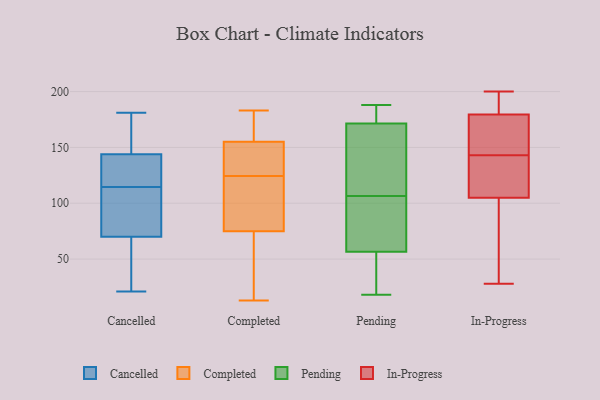
{"axis": {"x": "Revenue (USD Million)", "y": "Value"}, "legend": ["Cancelled", "Completed", "In-Progress", "Pending"], "data": [{"x": "", "y": 52, "type": "Cancelled"}, {"x": "", "y": 115, "type": "Cancelled"}, {"x": "", "y": 109, "type": "Cancelled"}, {"x": "", "y": 70, "type": "Cancelled"}, {"x": "", "y": 21, "type": "Cancelled"}, {"x": "", "y": 28, "type": "Cancelled"}, {"x": "", "y": 82, "type": "Cancelled"}, {"x": "", "y": 132, "type": "Cancelled"}, {"x": "", "y": 151, "type": "Cancelled"}, {"x": "", "y": 181, "type": "Cancelled"}, {"x": "", "y": 114, "type": "Cancelled"}, {"x": "", "y": 144, "type": "Cancelled"}, {"x": "", "y": 142, "type": "Cancelled"}, {"x": "", "y": 179, "type": "Cancelled"}, {"x": "", "y": 75, "type": "Completed"}, {"x": "", "y": 128, "type": "Completed"}, {"x": "", "y": 121, "type": "Completed"}, {"x": "", "y": 39, "type": "Completed"}, {"x": "", "y": 152, "type": "Completed"}, {"x": "", "y": 154, "type": "Completed"}, {"x": "", "y": 161, "type": "Completed"}, {"x": "", "y": 156, "type": "Completed"}, {"x": "", "y": 49, "type": "Completed"}, {"x": "", "y": 75, "type": "Completed"}, {"x": "", "y": 152, "type": "Completed"}, {"x": "", "y": 166, "type": "Completed"}, {"x": "", "y": 13, "type": "Completed"}, {"x": "", "y": 146, "type": "Completed"}, {"x": "", "y": 183, "type": "Completed"}, {"x": "", "y": 170, "type": "Completed"}, {"x": "", "y": 81, "type": "Completed"}, {"x": "", "y": 86, "type": "Completed"}, {"x": "", "y": 29, "type": "Completed"}, {"x": "", "y": 79, "type": "Completed"}, {"x": "", "y": 157, "type": "Pending"}, {"x": "", "y": 31, "type": "Pending"}, {"x": "", "y": 25, "type": "Pending"}, {"x": "", "y": 73, "type": "Pending"}, {"x": "", "y": 125, "type": "Pending"}, {"x": "", "y": 187, "type": "Pending"}, {"x": "", "y": 43, "type": "Pending"}, {"x": "", "y": 188, "type": "Pending"}, {"x": "", "y": 18, "type": "Pending"}, {"x": "", "y": 188, "type": "Pending"}, {"x": "", "y": 186, "type": "Pending"}, {"x": "", "y": 70, "type": "Pending"}, {"x": "", "y": 122, "type": "Pending"}, {"x": "", "y": 86, "type": "Pending"}, {"x": "", "y": 146, "type": "Pending"}, {"x": "", "y": 91, "type": "Pending"}, {"x": "", "y": 109, "type": "In-Progress"}, {"x": "", "y": 28, "type": "In-Progress"}, {"x": "", "y": 35, "type": "In-Progress"}, {"x": "", "y": 193, "type": "In-Progress"}, {"x": "", "y": 142, "type": "In-Progress"}, {"x": "", "y": 42, "type": "In-Progress"}, {"x": "", "y": 168, "type": "In-Progress"}, {"x": "", "y": 109, "type": "In-Progress"}, {"x": "", "y": 200, "type": "In-Progress"}, {"x": "", "y": 178, "type": "In-Progress"}, {"x": "", "y": 199, "type": "In-Progress"}, {"x": "", "y": 122, "type": "In-Progress"}, {"x": "", "y": 101, "type": "In-Progress"}, {"x": "", "y": 181, "type": "In-Progress"}, {"x": "", "y": 148, "type": "In-Progress"}, {"x": "", "y": 177, "type": "In-Progress"}, {"x": "", "y": 37, "type": "In-Progress"}, {"x": "", "y": 186, "type": "In-Progress"}, {"x": "", "y": 144, "type": "In-Progress"}, {"x": "", "y": 140, "type": "In-Progress"}]}